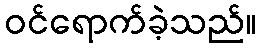
ဝင်ရောက်ခဲ့သည်။